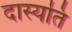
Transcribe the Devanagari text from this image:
दास्यति